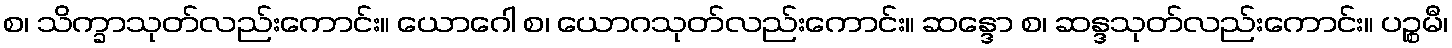
စ၊ သိက္ခာသုတ်လည်းကောင်း။ ယောဂေါ စ၊ ယောဂသုတ်လည်းကောင်း။ ဆန္ဒော စ၊ ဆန္ဒသုတ်လည်းကောင်း။ ပဉ္စမီ၊